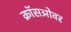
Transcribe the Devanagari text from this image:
क्राॅसओवर